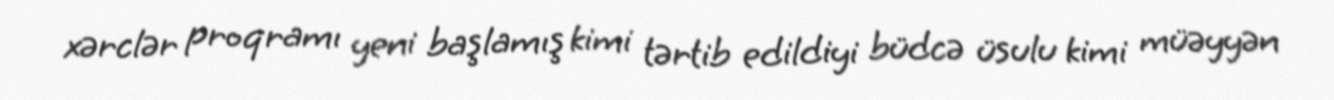
xərclər proqramı yeni başlamış kimi tərtib edildiyi büdcə üsulu kimi müəyyən